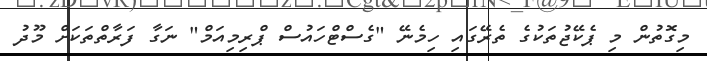
މިގޮތުން މި ޕެކޭޖުތަކުގެ ތެރޭގައި ހިމެނޭ "ގެސްޓްހައުސް ޕްރިމިއަމް" ނަގާ ފަރާތްތަކަށް މޫދު